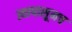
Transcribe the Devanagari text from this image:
त्यापासूनच